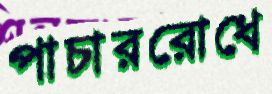
পাচাররোধে